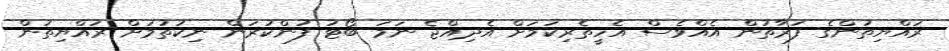
ރައްޔިތުންގެ ފަރާތުން އެއްވެސް އެހީތެރިކަމަށް އެދިއްޖެ ނަމަ ބޯޓު ފުންކުރަން ނިކުތުމަށް ރައްޔިތުން